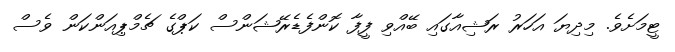
ޓީމަށެވެ. މިދިޔަ އަހަރު ރަޝިއާގައި ބޭއްވި ފީފާ ކޮންފެޑެރޭޝަންސް ކަޕްގެ ޗެމްޕިއަންކަން ވެސް